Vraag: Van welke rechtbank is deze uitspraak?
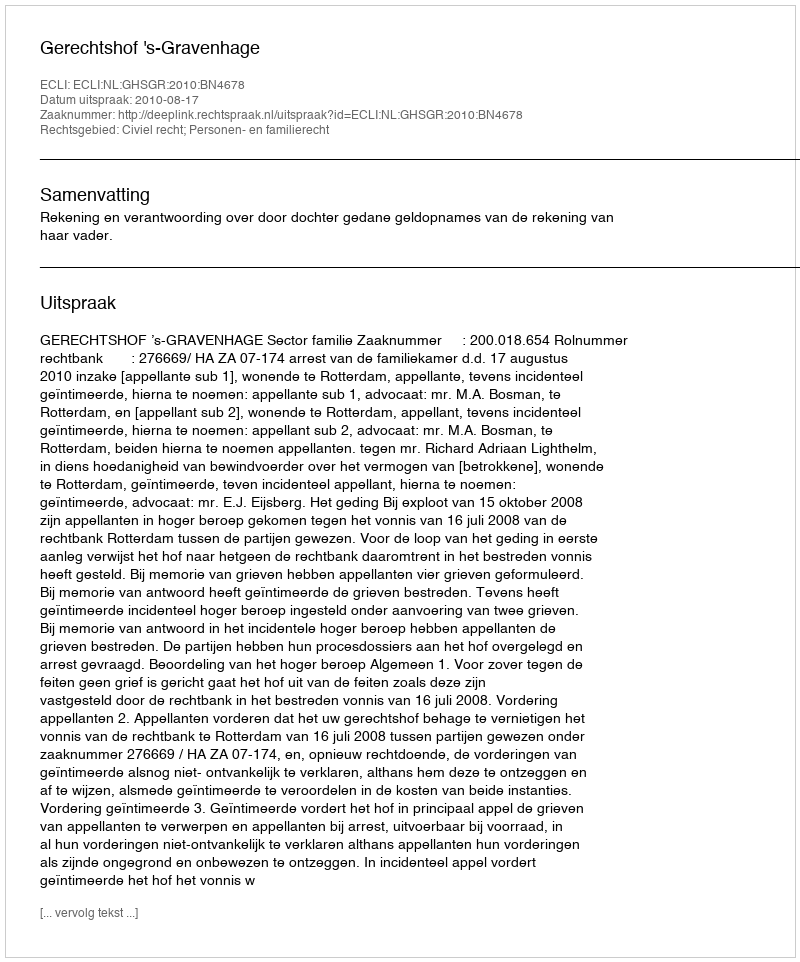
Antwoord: Gerechtshof 's-Gravenhage